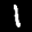
Label: 1